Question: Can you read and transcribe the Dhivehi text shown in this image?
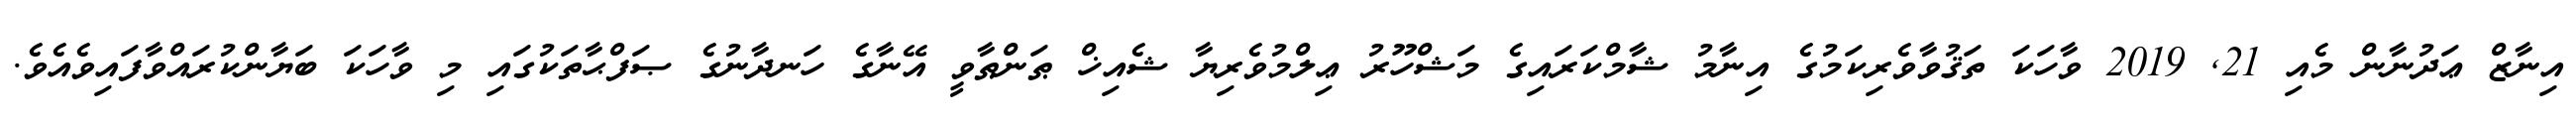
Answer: އިނާޒް ޢަދުނާން މެއި 21, 2019 ވާހަކަ ތަޤުވާވެރިކަމުގެ އިނާމު ޝާމްކަރައިގެ މަޝްހޫރު ޢިލްމުވެރިޔާ ޝެއިޚް ޠަންޠާވީ އޭނާގެ ހަނދާނުގެ ޞަފްޙާތަކުގައި މި ވާހަކަ ބަޔާންކުރައްވާފައިވެއެވެ.